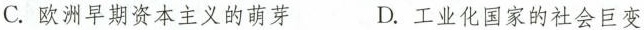
C.欧洲早期资本主义的萌芽 D.工业化国家的社会巨变